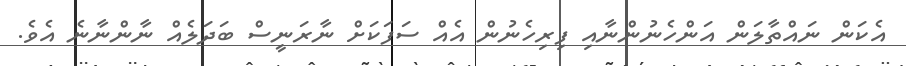
އެކަން ނައްތާލަން އަންހެނުންނާއި ފިރިހެނުން އެއް ސަފަކަށް ނާރަނީސް ބަދަލެއް ނާންނާނެ އެވެ.